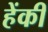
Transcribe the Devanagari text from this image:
हेंकी